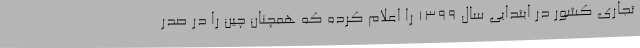
تجاری کشور در ابتدایی سال 1399 را اعلام کرده که همچنان چین را در صدر